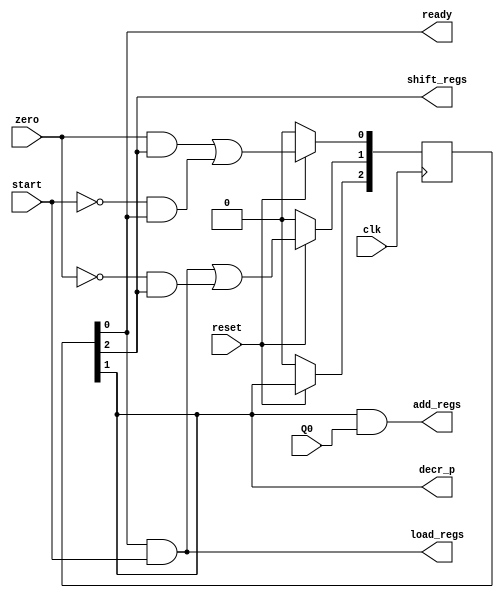
//control system for seq binary multiplier using one FF per state method
module control_multiplier_2(
    input start,zero,Q0,//inputs
    input clk,reset,
    output ready,decr_p,shift_regs,//moore outputs
    output load_regs, add_regs//melay outputs
);

wire [15:0]net;//bunch of nets
reg [2:0]state;
//combinational part of fsm
and(net[0], ~start, state[0]);
and(net[1], zero, state[2]);
or(net[2], net[1], net[0]);

and(net[3], state[0], start);
and(net[4], ~zero, state[2]);
or(net[5], net[3], net[4]);

buf(net[6], state[1]);

//sequential part of fsm
always @(posedge clk) begin
    if(~reset) state <= 3'b000;
    else begin
        state[0] <= net[2];
        state[1] <= net[5];
        state[2] <= net[6];
    end
end

//output logic of fsm - control logic
//moore type outputs
//depends on present state only 
assign ready = state[0];
assign decr_p = state[1];
assign shift_regs = state[2];

//melay type outputs
//depends on present state and input 
and(load_regs, state[0], start);
and(add_regs, state[1], Q0);

endmodule